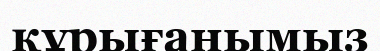
құрығанымыз